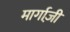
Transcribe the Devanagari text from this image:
मार्गाज़ी